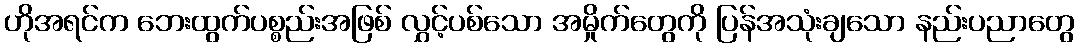
ဟိုအရင်က ဘေးထွက်ပစ္စည်းအဖြစ် လွှင့်ပစ်သော အမှိုက်တွေကို ပြန်အသုံးချသော နည်းပညာတွေ